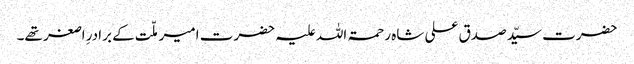
حضرت سیّد صدق علی شاہ رحمۃ اللہ علیہ حضرت امیر ملّت کے برادرِ اصغر تھے۔